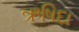
ઋષિદા